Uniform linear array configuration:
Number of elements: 8
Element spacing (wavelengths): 0.25
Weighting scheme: hann
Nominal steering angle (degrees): -60
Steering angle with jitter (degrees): -60.655
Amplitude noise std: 0.05
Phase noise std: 0.05

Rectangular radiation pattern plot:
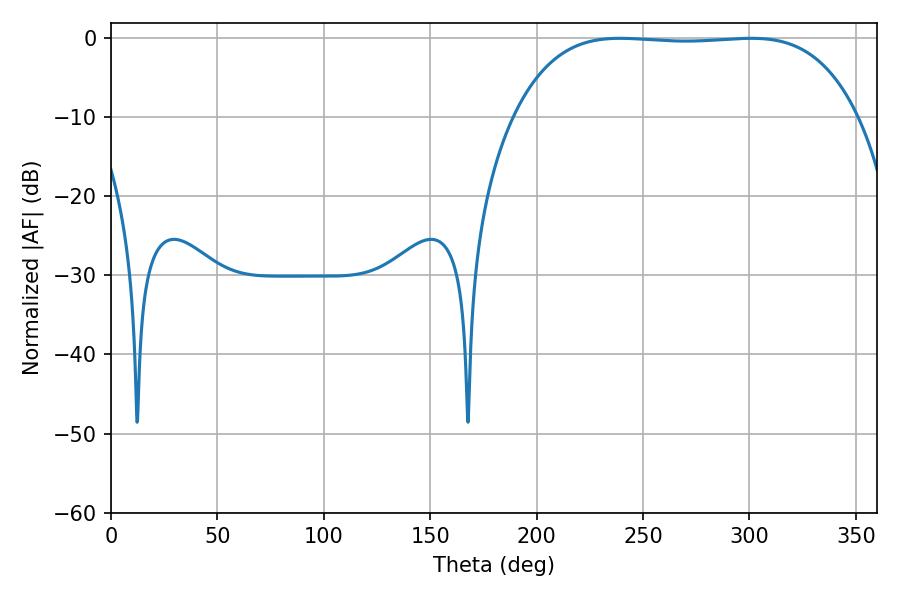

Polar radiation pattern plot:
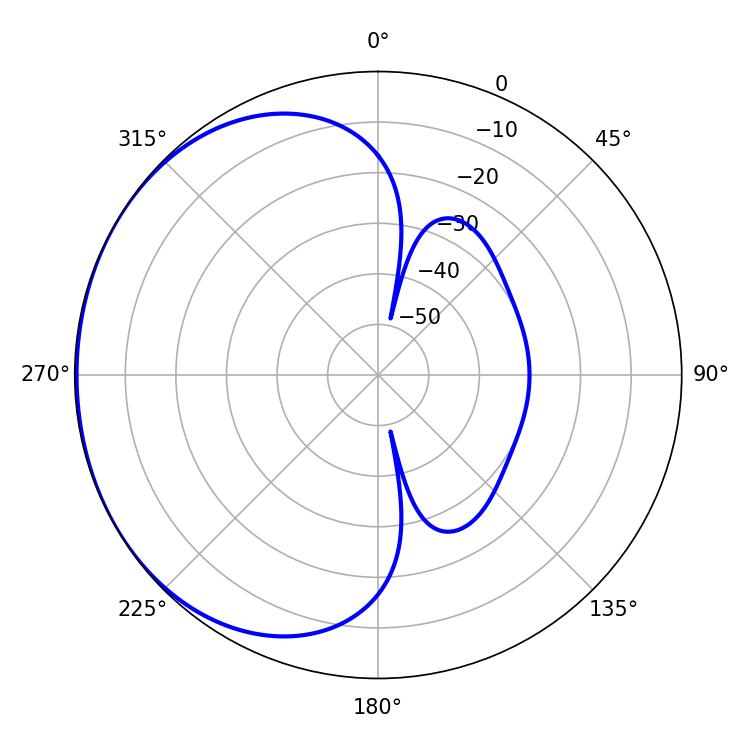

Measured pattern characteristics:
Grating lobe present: FALSE
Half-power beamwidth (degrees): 126
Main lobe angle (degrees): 239.22